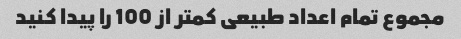
مجموع تمام اعداد طبیعی کمتر از 100 را پیدا کنید